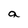
Character: a